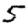
Digit: 5